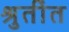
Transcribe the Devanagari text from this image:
श्रुतींत